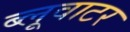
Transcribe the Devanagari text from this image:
ब्लूवाटर